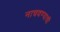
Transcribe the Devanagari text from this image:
नाचवण्याची